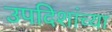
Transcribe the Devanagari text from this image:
उपदिशांच्या